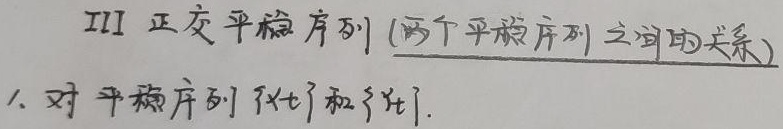
III 正交平稳序列 (两个平稳序列之间的关系)
1. 对平稳序列\(\{x_t\}\)和\(\{y_t\}\)。